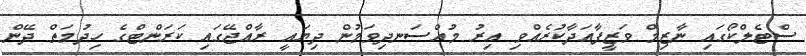
ސްޓެލްކޯގައި ނާޒިމް ވަޒީފާއަދާކުރެއްވި އިރު މުއްސަނދިވަމުން ދިޔައީ ރާއްޖޭގައި ކަރަންޓްގެ ހިދުމަތް ދޭން